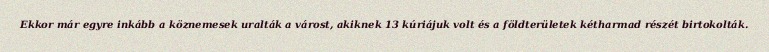
Ekkor már egyre inkább a köznemesek uralták a várost, akiknek 13 kúriájuk volt és a földterületek kétharmad részét birtokolták.